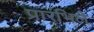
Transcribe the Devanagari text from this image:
प्रारंभिले